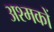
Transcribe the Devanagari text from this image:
अश्मकों